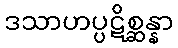
ဒသာဟပ္ပဋိစ္ဆန္နာ